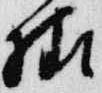
様